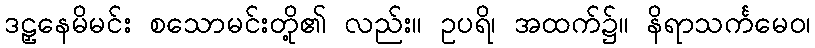
ဒဠှနေမိမင်း စသောမင်းတို့၏ လည်း။ ဥပရိ၊ အထက်၌။ နိရာသင်္ကမေဝ၊